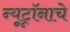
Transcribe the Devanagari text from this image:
न्यूट्रॉनाचे